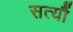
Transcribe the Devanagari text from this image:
सत्यौं